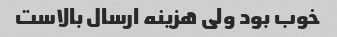
خوب بود ولی هزینه ارسال بالاست